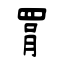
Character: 罥